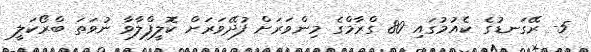
5- ރޭގަނޑުގެ ކެއުމުގައި 80 ގްރާމްގެ މިންވަރަށް ފުދޭވަރަށް ކޮލީފްލާވާ ނުވަތަ ބްރޯކަލީ